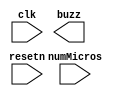
/*
 * Buzzer hardware for MIPSfpga
 */

module mipsfpga_ahb_buzzer(
              input        clk,
              input        resetn,
              input [31:0] numMicros,
              output       buzz);

  // Add code here.

endmodule